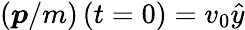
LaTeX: \left(\boldsymbol{p}/m\right)\left(t=0\right)=v_{0}\hat{y}